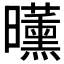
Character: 𣌕